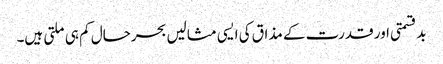
بدقسمتی اور قدرت کے مذاق کی ایسی مثالیں بحرحال کم ہی ملتی ہیں۔